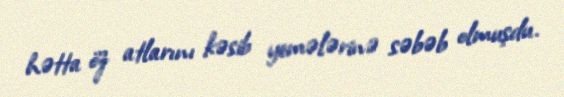
hətta öz atlarını kəsib yemələrinə səbəb olmuşdu.